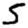
Digit: 5